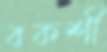
বকশী